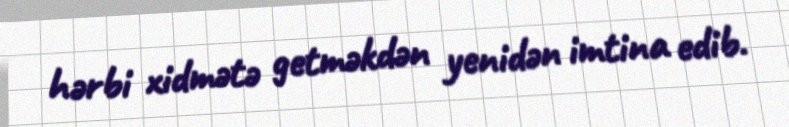
hərbi xidmətə getməkdən yenidən imtina edib.